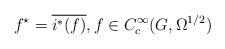
LaTeX: \begin{align*} f^\star = \overline{i^*(f)},f\in C^\infty_c(G,\Omega^{1/2})\end{align*}